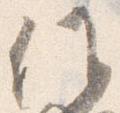
候